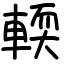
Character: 輭